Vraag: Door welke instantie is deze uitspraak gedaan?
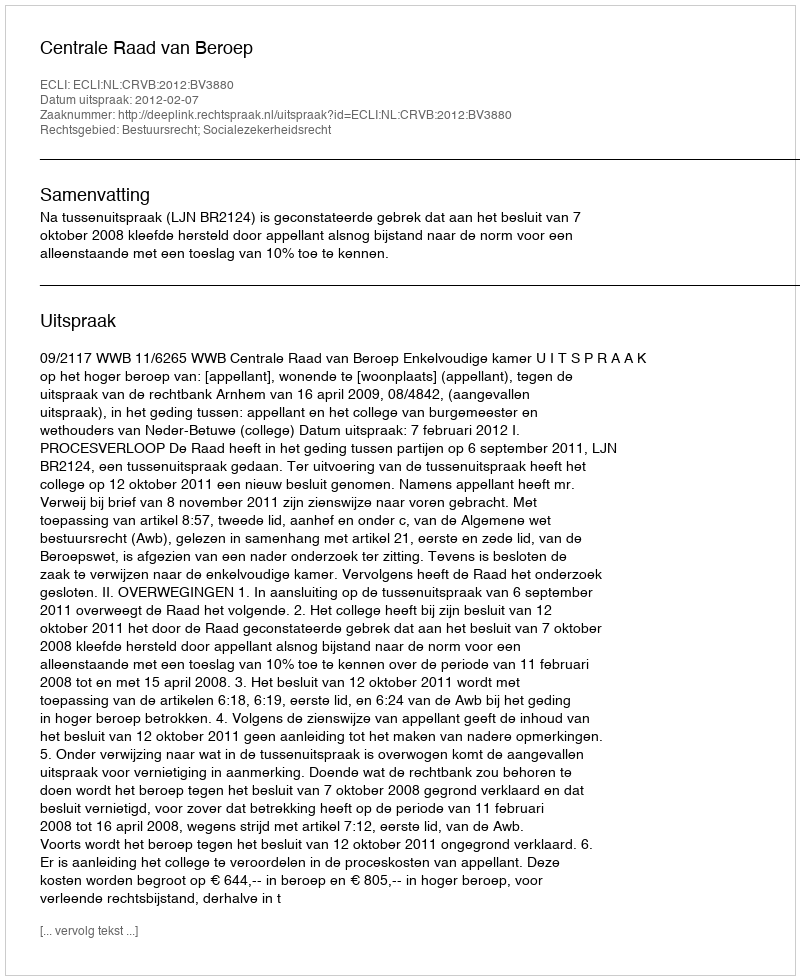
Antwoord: Centrale Raad van Beroep